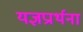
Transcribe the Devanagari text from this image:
यज्ञप्रार्थना